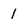
Character: 1